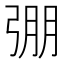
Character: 弸